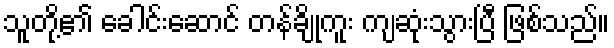
သူတို့၏ ခေါင်းဆောင် တန်ချိုကူး ကျဆုံးသွားပြီ ဖြစ်သည်။